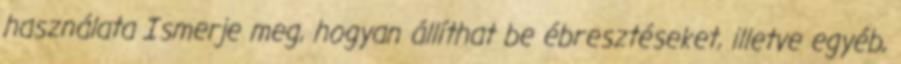
használata Ismerje meg, hogyan állíthat be ébresztéseket, illetve egyéb,